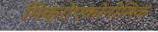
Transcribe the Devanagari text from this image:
मिक्रोएकोनोमिक